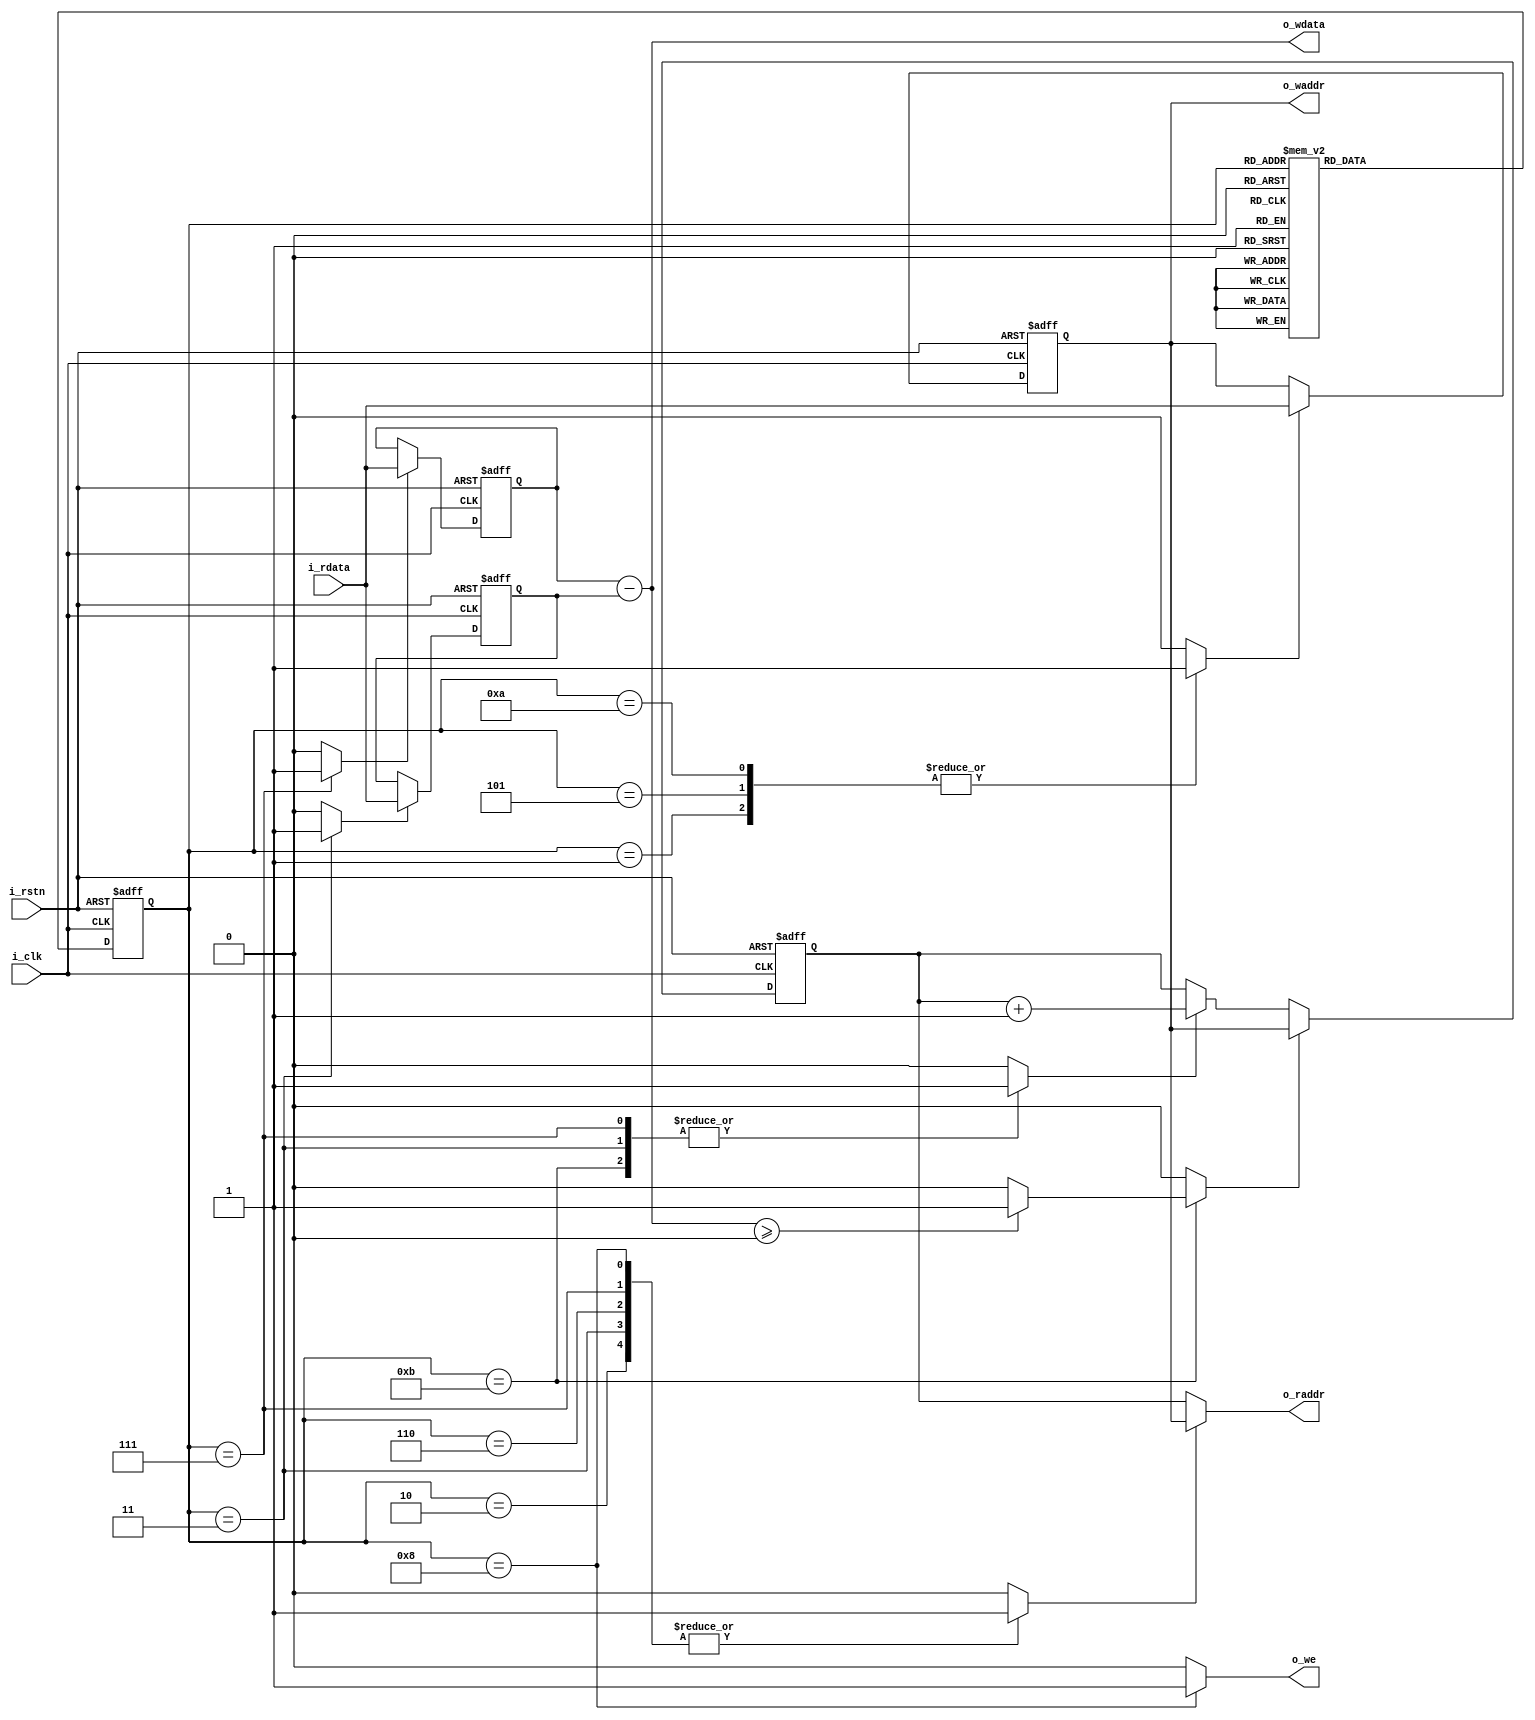
module subleq (
  input        i_clk,
  input        i_rstn,
  output [7:0] o_raddr,
  input  [7:0] i_rdata,
  output [7:0] o_waddr,
  output [7:0] o_wdata,
  output       o_we
);
  
  // registers
  reg [7:0] r_a, r_b, r_mar, r_pc;
  reg w_a_ld, w_b_ld, w_mar_ld, w_pc_ld, w_pc_inc;
  
  always @(posedge i_clk, negedge i_rstn) begin
    if (!i_rstn) begin
      r_a   <= 0;
      r_b   <= 0;
      r_mar <= 0;
      r_pc  <= 0;
    end else begin
      if (w_a_ld) begin
        r_a   <= i_rdata;
      end
      if (w_b_ld) begin
        r_b   <= i_rdata;
      end
      if (w_mar_ld) begin
        r_mar <= i_rdata;
      end
      if (w_pc_ld) begin
        r_pc  <= r_mar;
      end else begin
        if (w_pc_inc) begin
          r_pc <= r_pc + 1;
        end
      end
    end
  end
  
  // adress select mux (0: pc, 1: mar)
  reg w_mux_sel_pc_mar;
  wire [7:0] w_mem_addr;
  assign w_mem_addr = !w_mux_sel_pc_mar ? r_pc : r_mar;
  
  // memory write enable
  reg w_mem_we;
  
  // subtractor
  wire signed [7:0] w_b_minus_a;
  assign w_b_minus_a = r_b - r_a;
  
  // branch conditional
  wire w_less_or_equal_to_zero;
  assign w_less_or_equal_to_zero = w_b_minus_a >= 0 ? 1 : 0;
  
  // control state machine
  localparam S_00_PC_TO_MEM_ADDR          =  0,
             S_01_MEM_DATA_TO_MAR         =  1,
             S_02_MAR_TO_MEM_ADDR         =  2,
             S_03_MEM_DATA_TO_A           =  3,
             S_04_PC_TO_MEM_ADDR          =  4,
             S_05_MEM_DATA_TO_MAR         =  5,
             S_06_MAR_TO_MEM_ADDR         =  6,
             S_07_MEM_DATA_TO_B           =  7,
             S_08_B_MINUS_A_TO_MEM_DATA   =  8,
             S_09_PC_TO_MEM_ADDR          =  9,
             S_10_MEM_DATA_TO_MAR         = 10,
             S_11_BRANCH_TO_MAR_OR_INC_PC = 11;
             
  reg [3:0] r_state, r_state_next;
  
  always @(posedge i_clk, negedge i_rstn) begin
    if (!i_rstn) begin
      r_state <= 0;
    end else begin
      r_state <= r_state_next;
    end
  end
  
  always @(r_state) begin
    case (r_state)
      S_00_PC_TO_MEM_ADDR : begin
        r_state_next <= S_01_MEM_DATA_TO_MAR;
      end
      S_01_MEM_DATA_TO_MAR : begin
        r_state_next <= S_02_MAR_TO_MEM_ADDR;
      end
      S_02_MAR_TO_MEM_ADDR : begin
        r_state_next <= S_03_MEM_DATA_TO_A;
      end
      S_03_MEM_DATA_TO_A : begin
        r_state_next <= S_04_PC_TO_MEM_ADDR;
      end
      S_04_PC_TO_MEM_ADDR : begin
        r_state_next <= S_05_MEM_DATA_TO_MAR;
      end
      S_05_MEM_DATA_TO_MAR : begin
        r_state_next <= S_06_MAR_TO_MEM_ADDR;
      end
      S_06_MAR_TO_MEM_ADDR : begin
        r_state_next <= S_07_MEM_DATA_TO_B;
      end
      S_07_MEM_DATA_TO_B : begin
        r_state_next <= S_08_B_MINUS_A_TO_MEM_DATA;
      end
      S_08_B_MINUS_A_TO_MEM_DATA : begin
        r_state_next <= S_09_PC_TO_MEM_ADDR;
      end
      S_09_PC_TO_MEM_ADDR : begin
        r_state_next <= S_10_MEM_DATA_TO_MAR;
      end
      S_10_MEM_DATA_TO_MAR : begin
        r_state_next <= S_11_BRANCH_TO_MAR_OR_INC_PC;
      end
      S_11_BRANCH_TO_MAR_OR_INC_PC : begin
        r_state_next <= S_00_PC_TO_MEM_ADDR;
      end
      default : begin
        r_state_next <= S_00_PC_TO_MEM_ADDR;
      end
    endcase
  end
   
  always @(r_state) begin
  // assign default value to all control signals
      w_a_ld           <= 0;
      w_b_ld           <= 0;
      w_mar_ld         <= 0;
      w_pc_ld          <= 0;
      w_pc_inc         <= 0;
      w_mux_sel_pc_mar <= 0;
      w_mem_we         <= 0;
    case (r_state)
        S_00_PC_TO_MEM_ADDR : begin
          
        end
        S_01_MEM_DATA_TO_MAR : begin
          w_mar_ld <= 1;
        end
        S_02_MAR_TO_MEM_ADDR : begin
          w_mux_sel_pc_mar <= 1;
        end
        S_03_MEM_DATA_TO_A : begin
          w_mux_sel_pc_mar <= 1;
          w_pc_inc <= 1;
          w_a_ld <= 1;
        end
        S_04_PC_TO_MEM_ADDR : begin
          
        end
        S_05_MEM_DATA_TO_MAR : begin
          w_mar_ld <= 1;
        end
        S_06_MAR_TO_MEM_ADDR : begin
          w_mux_sel_pc_mar <= 1;
        end
        S_07_MEM_DATA_TO_B : begin
          w_mux_sel_pc_mar <= 1;
          w_pc_inc <= 1;
          w_b_ld <= 1;
        end
        S_08_B_MINUS_A_TO_MEM_DATA : begin
          w_mux_sel_pc_mar <= 1;
          w_mem_we         <= 1;
        end
        S_09_PC_TO_MEM_ADDR : begin
          
        end
        S_10_MEM_DATA_TO_MAR : begin
          w_mar_ld <= 1;
        end
        S_11_BRANCH_TO_MAR_OR_INC_PC : begin
          w_pc_inc         <= 1;
          w_pc_ld          <= w_less_or_equal_to_zero;          
        end
    endcase
  end
  
  // assign outputs
  assign o_waddr = r_mar;
  assign o_raddr = w_mem_addr;
  assign o_wdata = w_b_minus_a;
  assign o_we    = w_mem_we;
  
endmodule